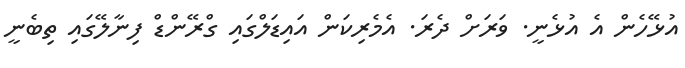
އުޅޭހެން އެ އުޅެނީ. ވަރަށް ދެރަ. އެމެރިކަން އައިޑަލްގައި ގްރޭންޑް ފިނާލޭގައި ތިބެނީ